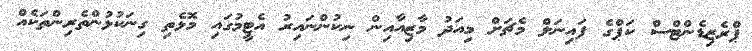
ޕްރެޒިޑެންޓްސް ކަޕްގެ ފައިނަލް މެޗަށް މިއަދު މާޒިއާއިން ނިކުންނައިރު އެޓީމުގައި މޮޅެތި ގިނަކުޅުންތެރިންތަކެއް